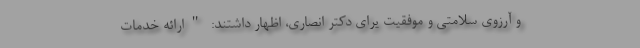
و آرزوی سلامتی و موفقیت یرای دکتر انصاری، اظهار داشتند: "ارائه خدمات